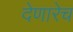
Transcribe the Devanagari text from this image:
देणारेच